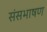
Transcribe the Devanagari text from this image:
संसभाषण